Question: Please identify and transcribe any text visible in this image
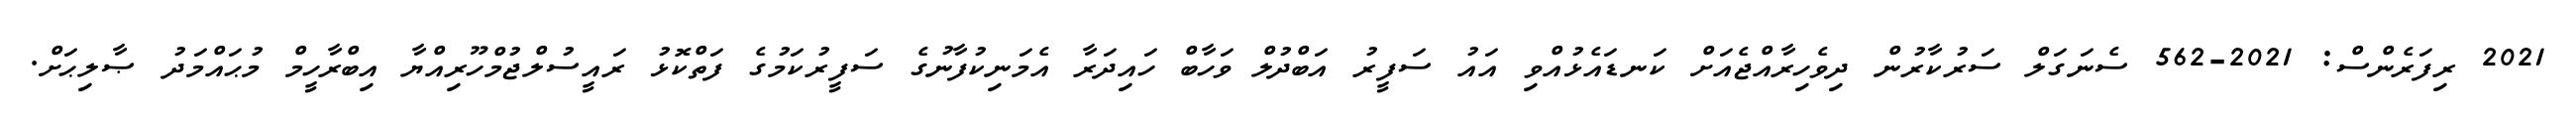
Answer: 2021 ރިފަރެންސް: 2021-562 ސެނަގަލް ސަރުކާރުން ދިވެހިރާއްޖެއަށް ކަނޑައެޅުއްވި އައު ސަފީރު އަބްދުލް ވަހާބް ހައިދަރާ އެމަނިކުފާނުގެ ސަފީރުކަމުގެ ފަތްކޮޅު ރައީސުލްޖުމްހޫރިއްޔާ އިބްރާހީމް މުޙައްމަދު ޞާލިޙަށް.